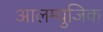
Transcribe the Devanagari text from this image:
आलम्युजिक